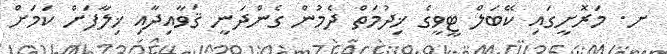
ށ. މަރޮށީގައި ކޭބަލް ޓީވީގެ ޚިދުމަތް ދެމުން ގެންދަނީ ޤަވާއިދާއި ޚިލާފަށް ކަމަށް